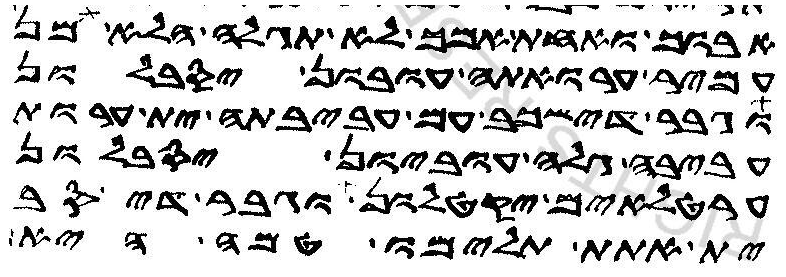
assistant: אבוך ואחת אמך לא תגלה הלא מן
עמיר ערואתה עובון יסבלון
וגבר דישכב עם עביבתה ית ערות
עביבה גלה עוביון יסבלון
ערטלאים יקטלון וגבר דיסב
ית אתת תלימו טמה היא